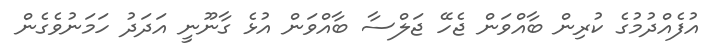
އުފެއްދުމުގެ ކުރިން ބާއްވަން ޖެހޭ ޖަލްސާ ބާއްވަން އުޅެ ގާނޫނީ އަދަދު ހަމަނުވެގެން